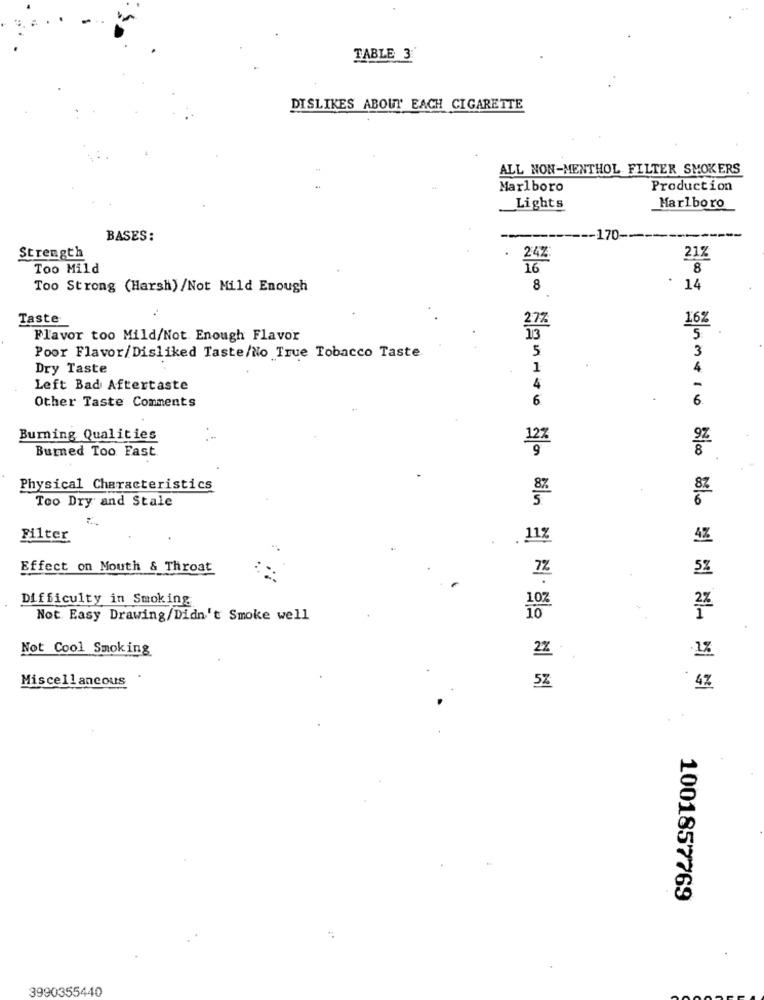
TABLE 3
DISLIKES ABOUT EACH CIGARETTE
ALL NON-MENTHOL FILTER SMOKERS
Marlboro
Production
Lights
Marlboro
BASES:
-- 170 --
Strength
24%
21%
Too Mild
16
8
Too Strong (Harsh) /Not Mild Enough
8
14
Taste
16%
27%
Flavor too Mild/Not Enough Flavor
13
5
3
Poor Flavor/Disliked Taste/No True Tobacco Taste.
5
Dry Taste
1
4
Left Bad Aftertaste
4
6
6.
Other Taste Comments
Burning Qualities
9Z
Burned Too Fast.
Physical Characteristics
Too Dry and Stale
Filter
11%
4%
Effect on Mouth & Throat
7%
Difficulty in Smoking
107
Not Easy Drawing/Didn't Smoke well
10
Not Cool Smoking
2%
1%
Miscellaneous
5Z
Ommero No Slo # cl 3- 21 5
1001857769
3990355440